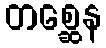
တစ္ဆေန